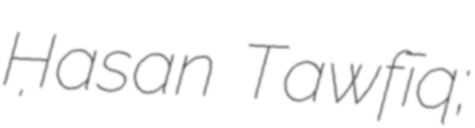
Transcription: Ḥasan Tawfīq;